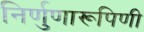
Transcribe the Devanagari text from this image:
निर्णुणारूपिणी